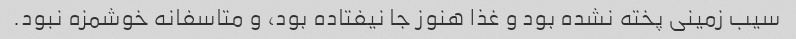
سیب زمینی پخته نشده بود و غذا هنوز جا نیفتاده بود، و متاسفانه خوشمزه نبود.